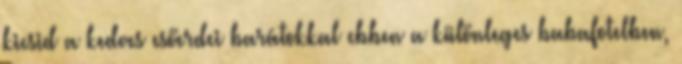
kicsid a kedves esőerdei barátokkal ebben a különleges babafotelben,